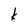
Character: k